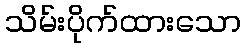
သိမ်းပိုက်ထားသော